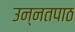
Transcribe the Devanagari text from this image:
उन्नतपाठ